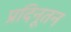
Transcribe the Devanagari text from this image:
प्रदिनूतन